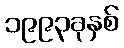
၁၉၉၃ခုနှစ်